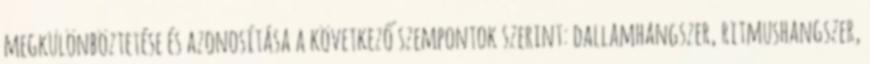
megkülönböztetése és azonosítása a következő szempontok szerint: dallamhangszer, ritmushangszer,